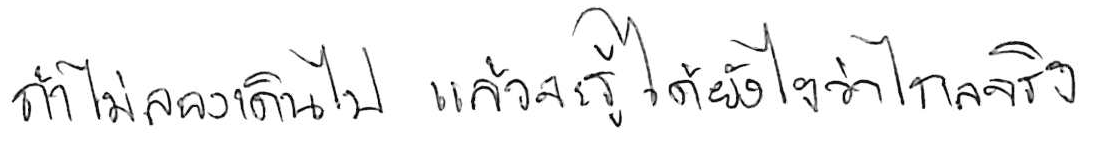
ถ้าไม่ลองเดินไป แล้วจะรู้ได้ยังไงว่าไกลจริง